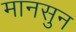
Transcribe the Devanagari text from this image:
मानसुन